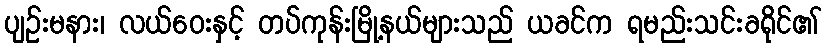
ပျဉ်းမနား၊ လယ်ဝေးနှင့် တပ်ကုန်းမြို့နယ်များသည် ယခင်က ရမည်းသင်းခရိုင်၏